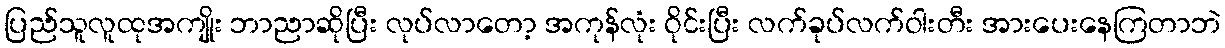
ပြည်သူလူထုအကျိုး ဘာညာဆိုပြီး လုပ်လာတော့ အကုန်လုံး ဝိုင်းပြီး လက်ခုပ်လက်ဝါးတီး အားပေးနေကြတာဘဲ